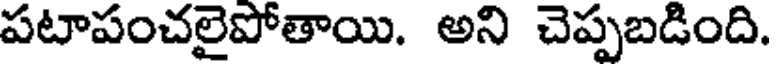
పటాపంచలైపోతాయి. అని చెప్పబడింది.